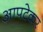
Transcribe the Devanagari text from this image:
आपटेकर